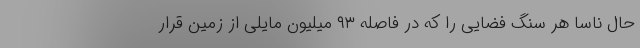
حال ناسا هر سنگ فضایی را که در فاصله ۹۳ میلیون مایلی از زمین قرار